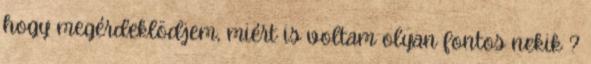
hogy megérdeklödjem, miért is voltam olyan fontos nekik ?